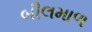
બીલમાળ